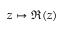
z \mapsto \Re ( z )